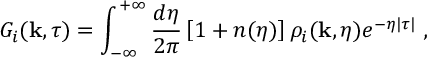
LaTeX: G _ { i } ( { \bf k } , \tau ) = \int _ { - \infty } ^ { + \infty } \frac { d \eta } { 2 \pi } \left[ 1 + n ( \eta ) \right] \rho _ { i } ( { \bf k } , \eta ) e ^ { - \eta | \tau | } \; ,